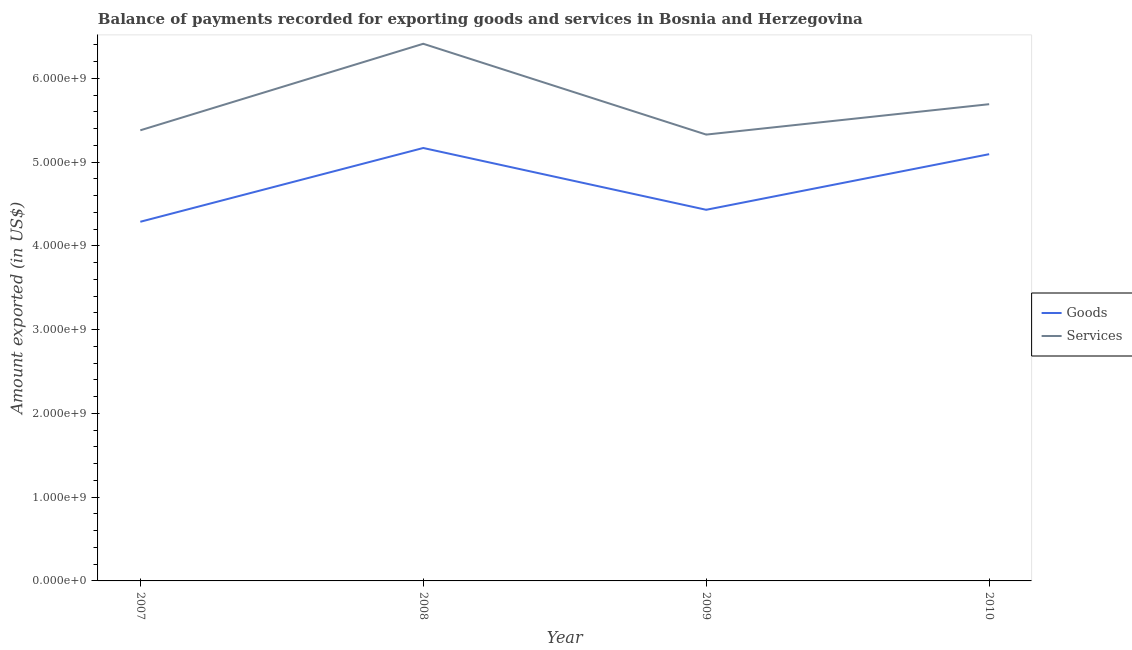
| Year | Goods | Services |
 | --- | --- | --- |
 | 2007 | 4.29e+09 | 5.38e+09 |
 | 2008 | 5.17e+09 | 6.41e+09 |
 | 2009 | 4.43e+09 | 5.33e+09 |
 | 2010 | 5.09e+09 | 5.69e+09 |